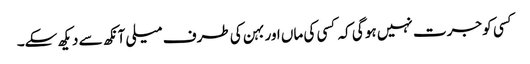
کسی کو جرت نہیں ہو گی کہ کسی کی ماں اور بہن کی طرف میلی آنکھ سے دیکھ سکے۔